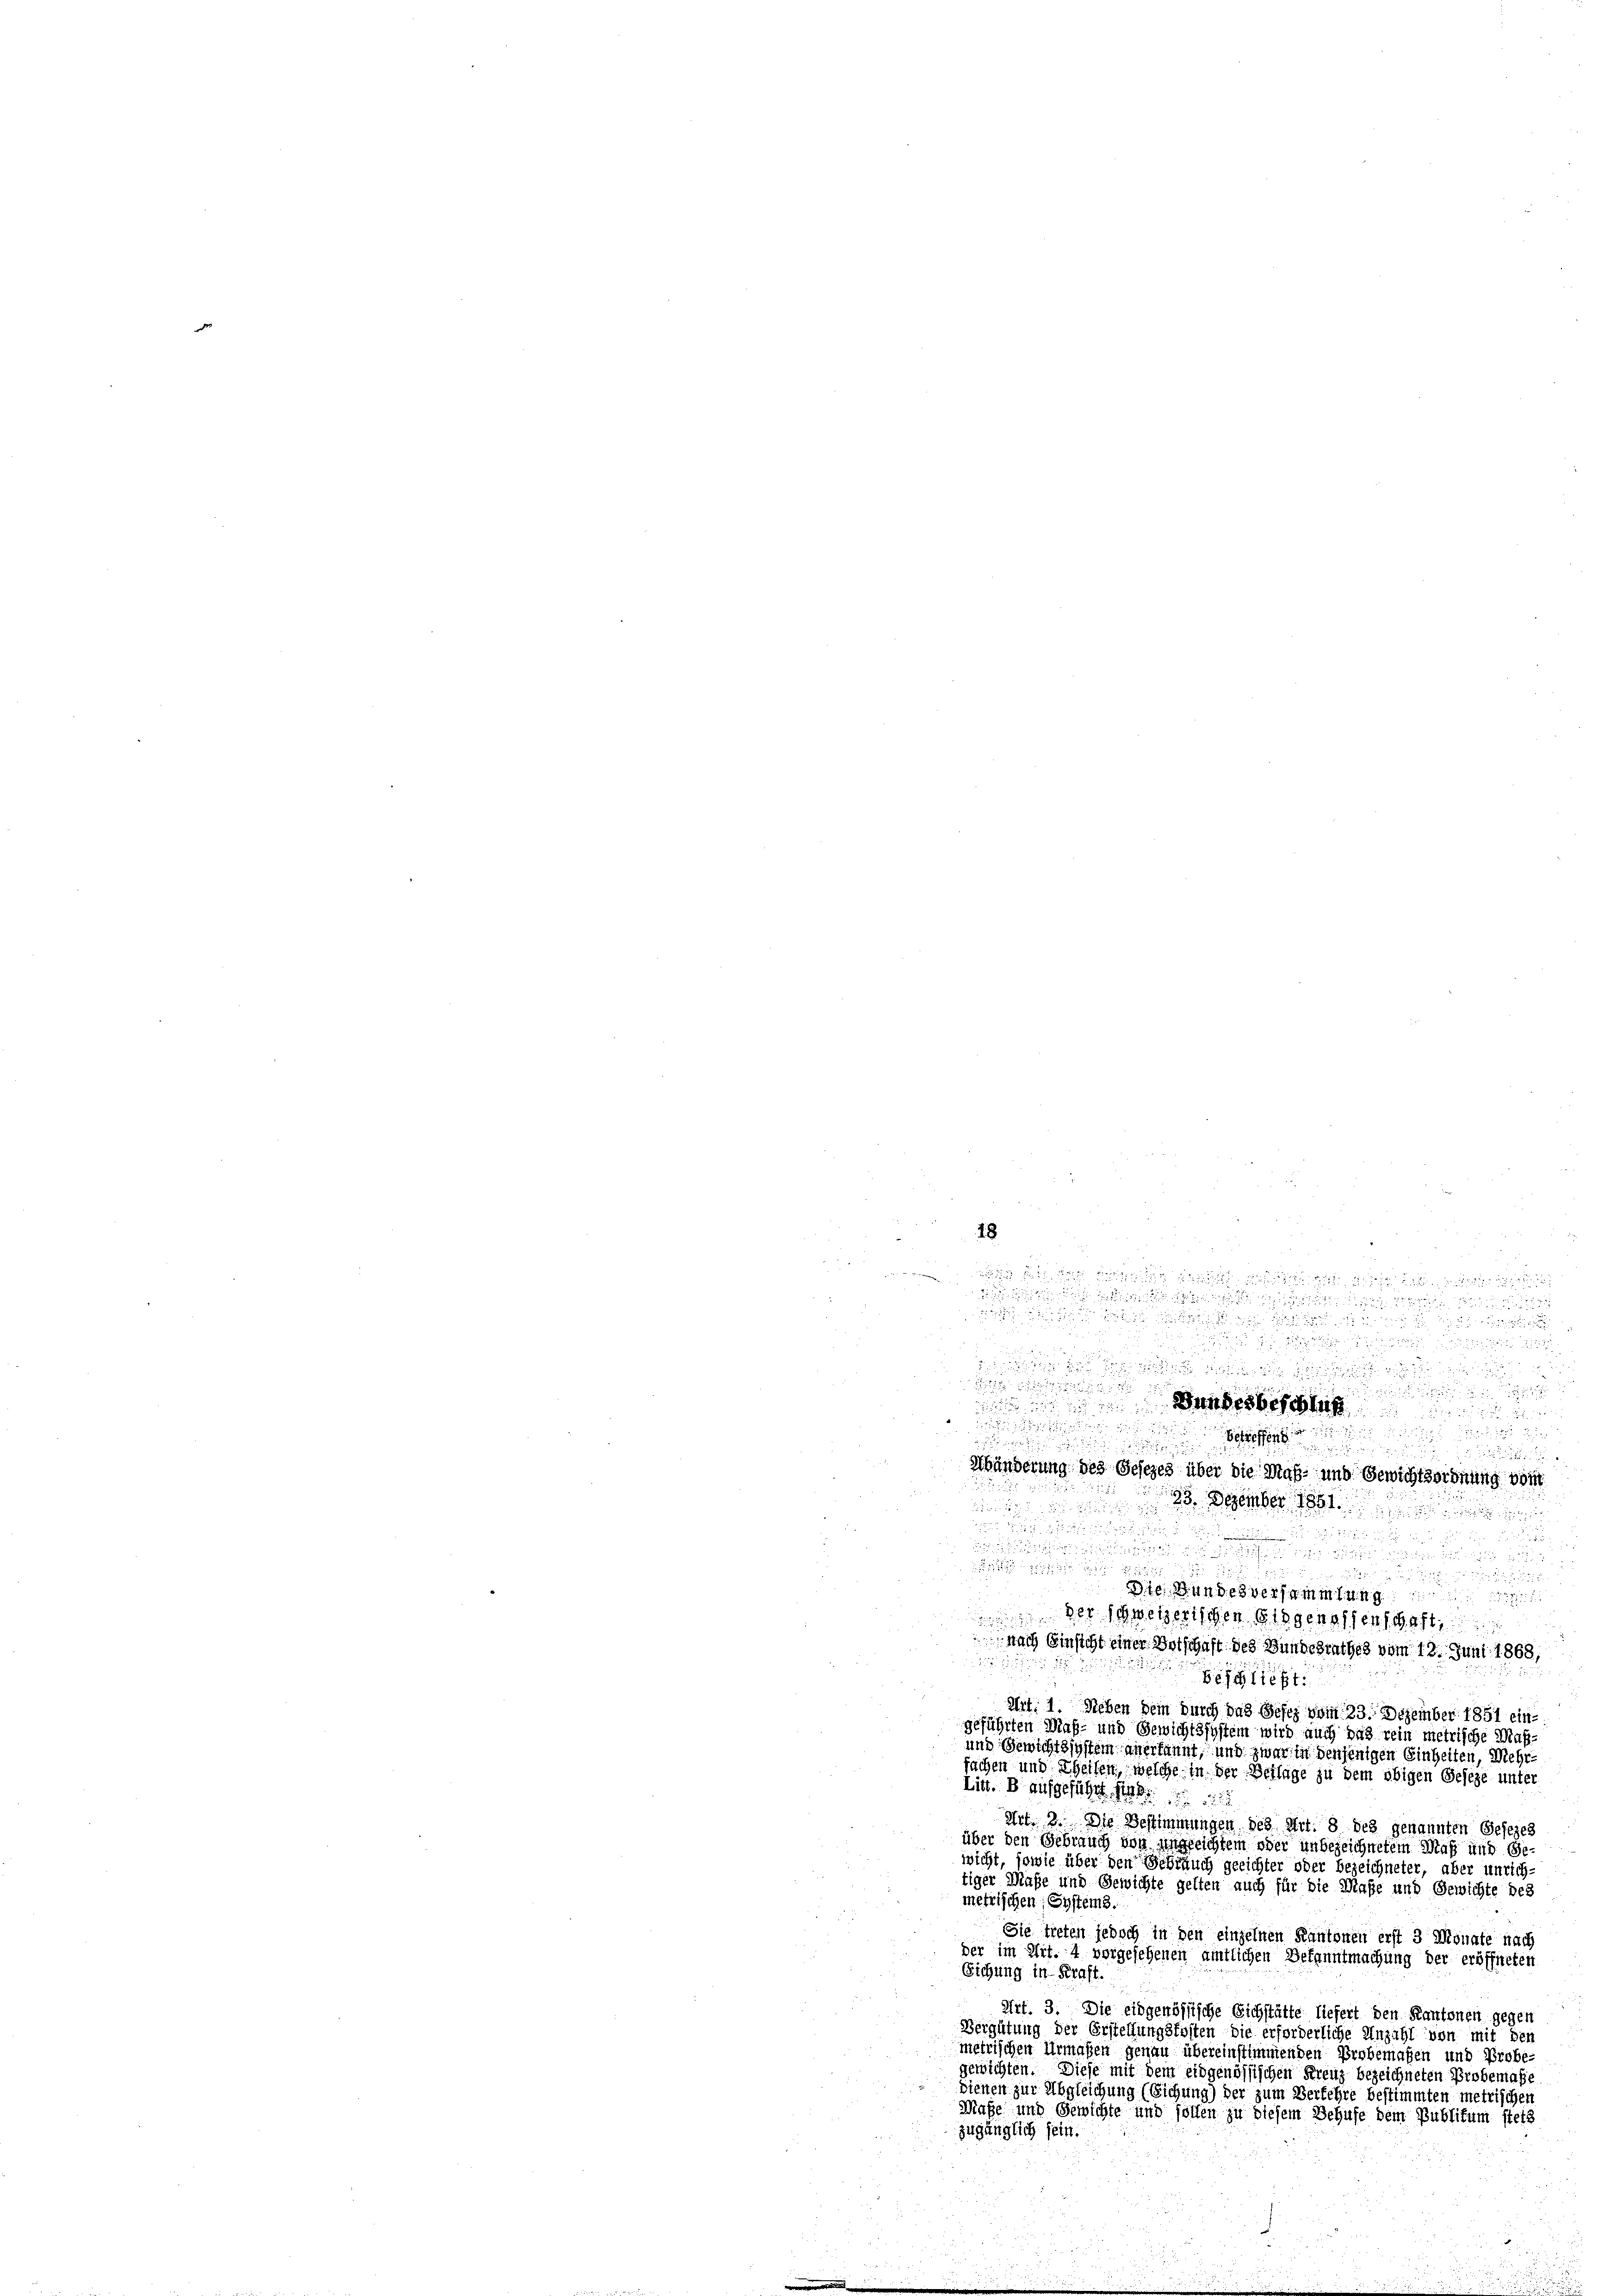
18

.

.
.

 x 10

1
Bundesbeschla

.
e
2

Händerung des Gesezes über die Maß- und Gewichtsordnung von
35. Dezember 1881
s
n

 1

dee die

 2
  zu

Bte: Bundesversammlung

 der schweizerischen Eigenossenscht,
nach Einsicht einer Vorschaft des Bundesrathes vom 12. Juni 1868,

Beschlicht
Art: 1. Neben dem durch das Gesez vom 23. Dezember 1851 eingeführten Maß- und Gewichtssystem wird auch das rein metrische Maß¬
und Gewichtssystem anerkannt, und zwar in denjenigen Einheiten, Mehrfachen und Theilen, welche in der Beilage zu dem obigen Geseze unter
Litt. B aufgeführt.
Art. 3. Die Bestimmungen des Art. 8 des genannten Gesezes
über den Gebrauch von ungleichtem ober unbezeichnetem Maß und Ge-
wicht, sowie über den Schrauch gerichter oder bezeichneter, aber unrich-
tiger Maße und Gewichte gelten auch für die Maße und Gewichte des
metrischen Systems.
Sie treten jedoch in den einzelnen Kantonen erst 3 Monate nach
der im Mit. 4 vorgesehenen amtlichen Bekanntmachung der eröffneten
Sichung in Kraft.
Art. 3. Die eidgenössische Eichstätte liefert den Kantonen gegen
Bergütung der Erstellungskosten die erforderliche Anzahl von mit den
metrischen Urmaßen genau übereinstimmenden Erobemaßen und Probe-
gewichten. Diese mit dem eidgenössischen Kreuz bezeichneten Probemasse
dienen zur Abgleichung (Eichung) der zum Verkehre bestimmten metrischen
Maße und Gewichte und sollen zu diesem Behufe dem Publikum stets
zugänglich sein.

8
.
e